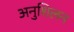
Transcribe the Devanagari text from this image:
अनुशिलन